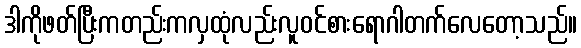
ဒါကိုဖတ်ပြီးကတည်းကလှထုံလည်းလူဝင်စားရောဂါတက်လေတော့သည်။